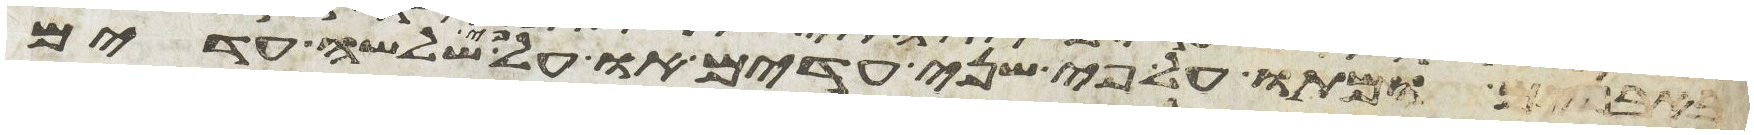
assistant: באבנים ומתו על פי שני עדים או על פי שלשה עדים